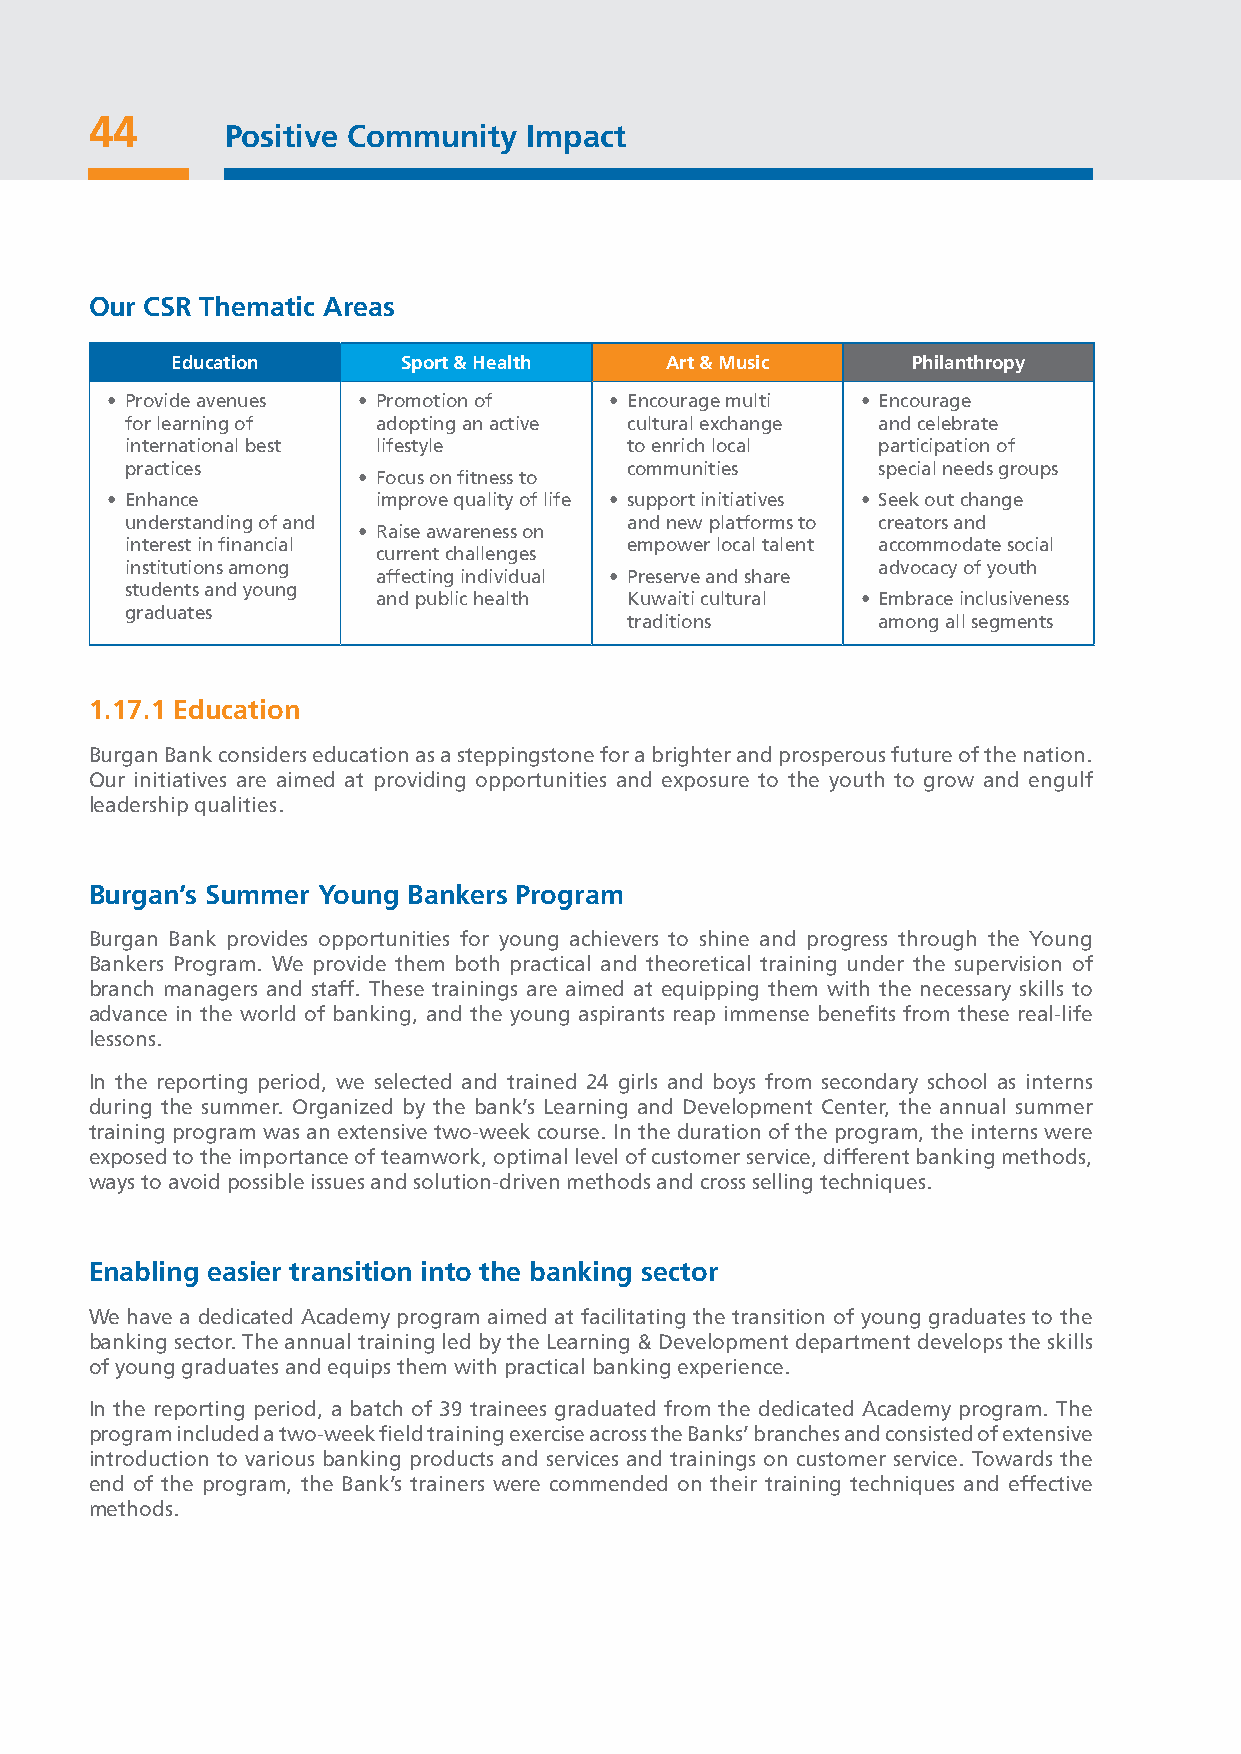
44
 Positive Community  Impact
 Our CSR Thematic Areas
 Education       Sport & Health   Art & Music     Philanthropy
 • Provide avenues • Promotion of • Encourage multi • Encourage
 for learning of  adopting an active cultural exchange and celebrate
 international best lifestyle     to enrich local  participation of
 practices                        communities      special needs groups
 • Focus on fitness to
 • Enhance         improve quality of life • support initiatives • Seek out change
 understanding of and             and new platforms to creators and
 • Raise awareness on
 interest in financial            empower local talent accommodate social
 current challenges
 institutions among                                advocacy of youth
 affecting individual • Preserve and share
 students and young
 and public health Kuwaiti cultural • Embrace inclusiveness
 graduates
 traditions       among all segments
 1.17.1 Education
 Burgan Bank considers education as a steppingstone for a brighter and prosperous future of the nation.
 Our initiatives are aimed at providing opportunities and exposure to the youth to grow and engulf
 leadership qualities.
 Burgan’s Summer Young Bankers Program
 Burgan Bank provides opportunities for young achievers to shine and progress through the Young
 Bankers Program. We provide them both practical and theoretical training under the supervision of
 branch managers and staff. These trainings are aimed at equipping them with the necessary skills to
 advance in the world of banking, and the young aspirants reap immense benefits from these real-life
 lessons.
 In the reporting period, we selected and trained 24 girls and boys from secondary school as interns
 during the summer. Organized by the bank’s Learning and Development Center, the annual summer
 training program was an extensive two-week course. In the duration of the program, the interns were
 exposed to the importance of teamwork, optimal level of customer service, different banking methods,
 ways to avoid possible issues and solution-driven methods and cross selling techniques.
 Enabling easier transition into the banking sector
 We have a dedicated Academy program aimed at facilitating the transition of young graduates to the
 banking sector. The annual training led by the Learning & Development department develops the skills
 of young graduates and equips them with practical banking experience.
 In the reporting period, a batch of 39 trainees graduated from the dedicated Academy program. The
 program included a two-week field training exercise across the Banks’ branches and consisted of extensive
 introduction to various banking products and services and trainings on customer service. Towards the
 end of the program, the Bank’s trainers were commended on their training techniques and effective
 methods.